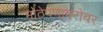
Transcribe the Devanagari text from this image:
मोठेपणाबरोबर